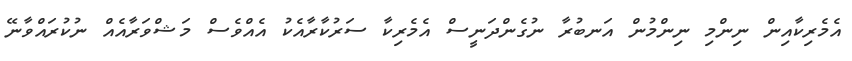
އެމެރިކާއިން ނިންމި ނިންމުން އަނބުރާ ނުގެންދަނީސް އެމެރިކާ ސަރުކާރާއެކު އެއްވެސް މަޝްވަރާއެއް ނުކުރައްވާނޭ